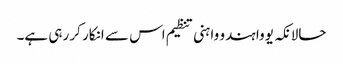
حالانکہ یووا ہندو واہنی تنظیم اس سے انکار کر رہی ہے۔